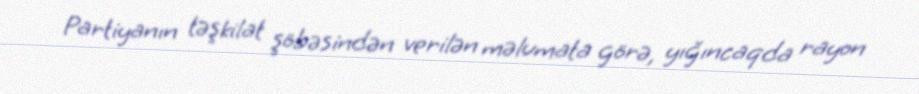
Partiyanın təşkilat şöbəsindən verilən məlumata görə, yığıncaqda rayon